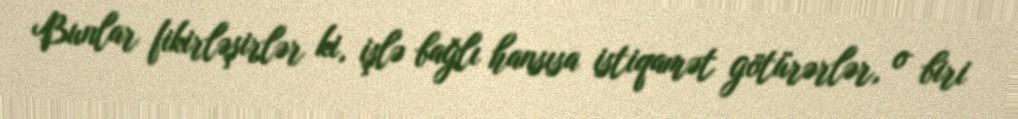
Bunlar fikirləşirlər ki, işlə bağlı hansısa istiqamət götürərlər, o biri